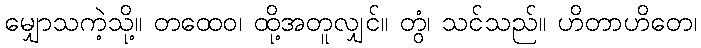
မျှောသကဲ့သို့။ တထေဝ၊ ထို့အတူလျှင်။ တွံ၊ သင်သည်။ ဟိတာဟိတေ၊